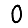
Digit: 0